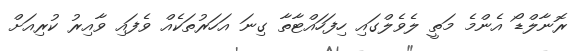
ރޮނާލްޑޯ އެންމެ މަތީ ލެވެލްގައި ހިފަހައްޓާތާ ގިނަ އަހަރުތަކެއް ވެފައި ވާއިރު ކުރިއަށް